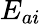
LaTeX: E_{ai}